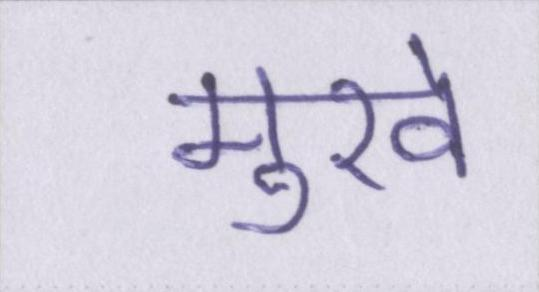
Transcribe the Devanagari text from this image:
मुखे